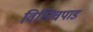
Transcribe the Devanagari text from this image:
विलिचपाड